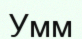
Умм